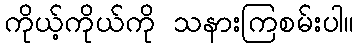
ကိုယ့်ကိုယ်ကို သနားကြစမ်းပါ။